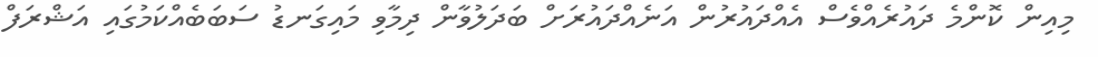
މިއިން ކޮންމެ ދައުރެއްވެސް އެއްދައުރުން އަނެއްދައުރަށް ބަދަލުވާން ދިމާވި މައިގަނޑު ސަބަބެއްކަމުގައި އަޝްރަފް